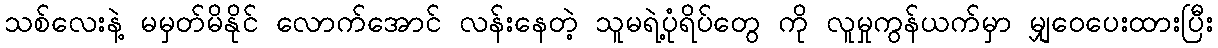
သစ်လေးနဲ့ မမှတ်မိနိုင် လောက်အောင် လန်းနေတဲ့ သူမရဲ့ပုံရိပ်တွေ ကို လူမှုကွန်ယက်မှာ မျှဝေပေးထားပြီး